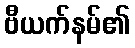
ဗီယက်နမ်၏